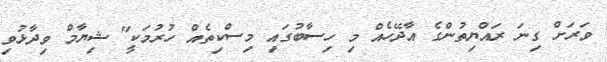
ވަރަށް ގިނަ ރައްޔިތުންގެ އާދޭހެއް މި ހިސާބުގައި މިސްކިތެއް ހުރުމަކީ" ޝިޔާމް ވިދާޅުވި